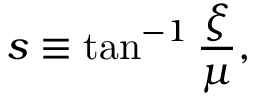
s \equiv \tan ^ { - 1 } \frac { \xi } { \mu } ,